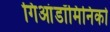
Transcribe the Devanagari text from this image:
गिआंडॉमिनिको